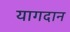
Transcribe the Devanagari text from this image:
यागदान